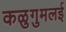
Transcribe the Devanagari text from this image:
कळुगुमलई